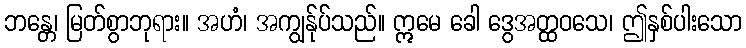
ဘန္တေ၊ မြတ်စွာဘုရား။ အဟံ၊ အကျွန်ုပ်သည်။ ဣမေ ခေါ ဒွေအတ္ထဝသေ၊ ဤနှစ်ပါးသော